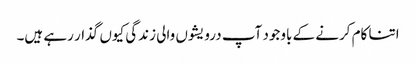
اتنا کام کرنے کے باوجود آپ درویشوں والی زندگی کیوں گذار رہے ہیں۔